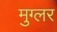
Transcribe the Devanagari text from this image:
मुग्लर